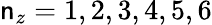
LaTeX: \mathsf{n}_{z}=1,2,3,4,5,6